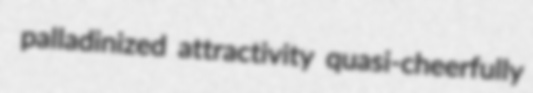
palladinized attractivity quasi-cheerfully